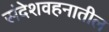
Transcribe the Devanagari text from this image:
संदेशवहनातील